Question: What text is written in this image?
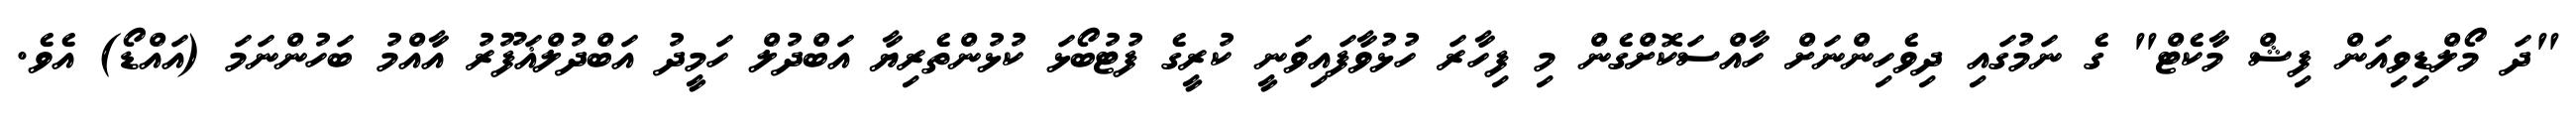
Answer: "ދަ މޯލްޑިވިއަން ފިޝް މާކެޓް" ގެ ނަމުގައި ދިވެހިންނަށް ހާއްސަކޮށްގެން މި ފިހާރަ ހުޅުވާފައިވަނީ ކުރީގެ ފުޓުބޯޅަ ކުޅުންތެރިޔާ އަބްދުލް ހަމީދު އަބްދުލްޣަފޫރު އާއްމު ބަހުންނަމަ (އައްޑޯ) އެވެ.